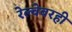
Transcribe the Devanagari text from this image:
रेल्वेवरही